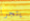
يتجرأ